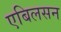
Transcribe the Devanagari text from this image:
एबिलसन